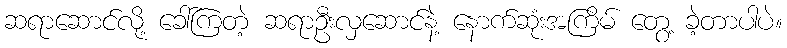
ဆရာဆောင်လို့ ခေါ်ကြတဲ့ ဆရာဦးလှဆောင်နဲ့ နောက်ဆုံးအကြိမ် တွေ့ ခဲ့တာပါပဲ။